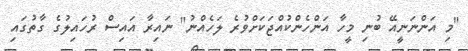
"މި އަންނަނީއޭ ބުނި މީހާ އަންހެންކުއްޖަކަށްވުރެ ލަހެއްނު" ނައިރާ އައިސް ރުހައިލުގެ ގާތުގައި